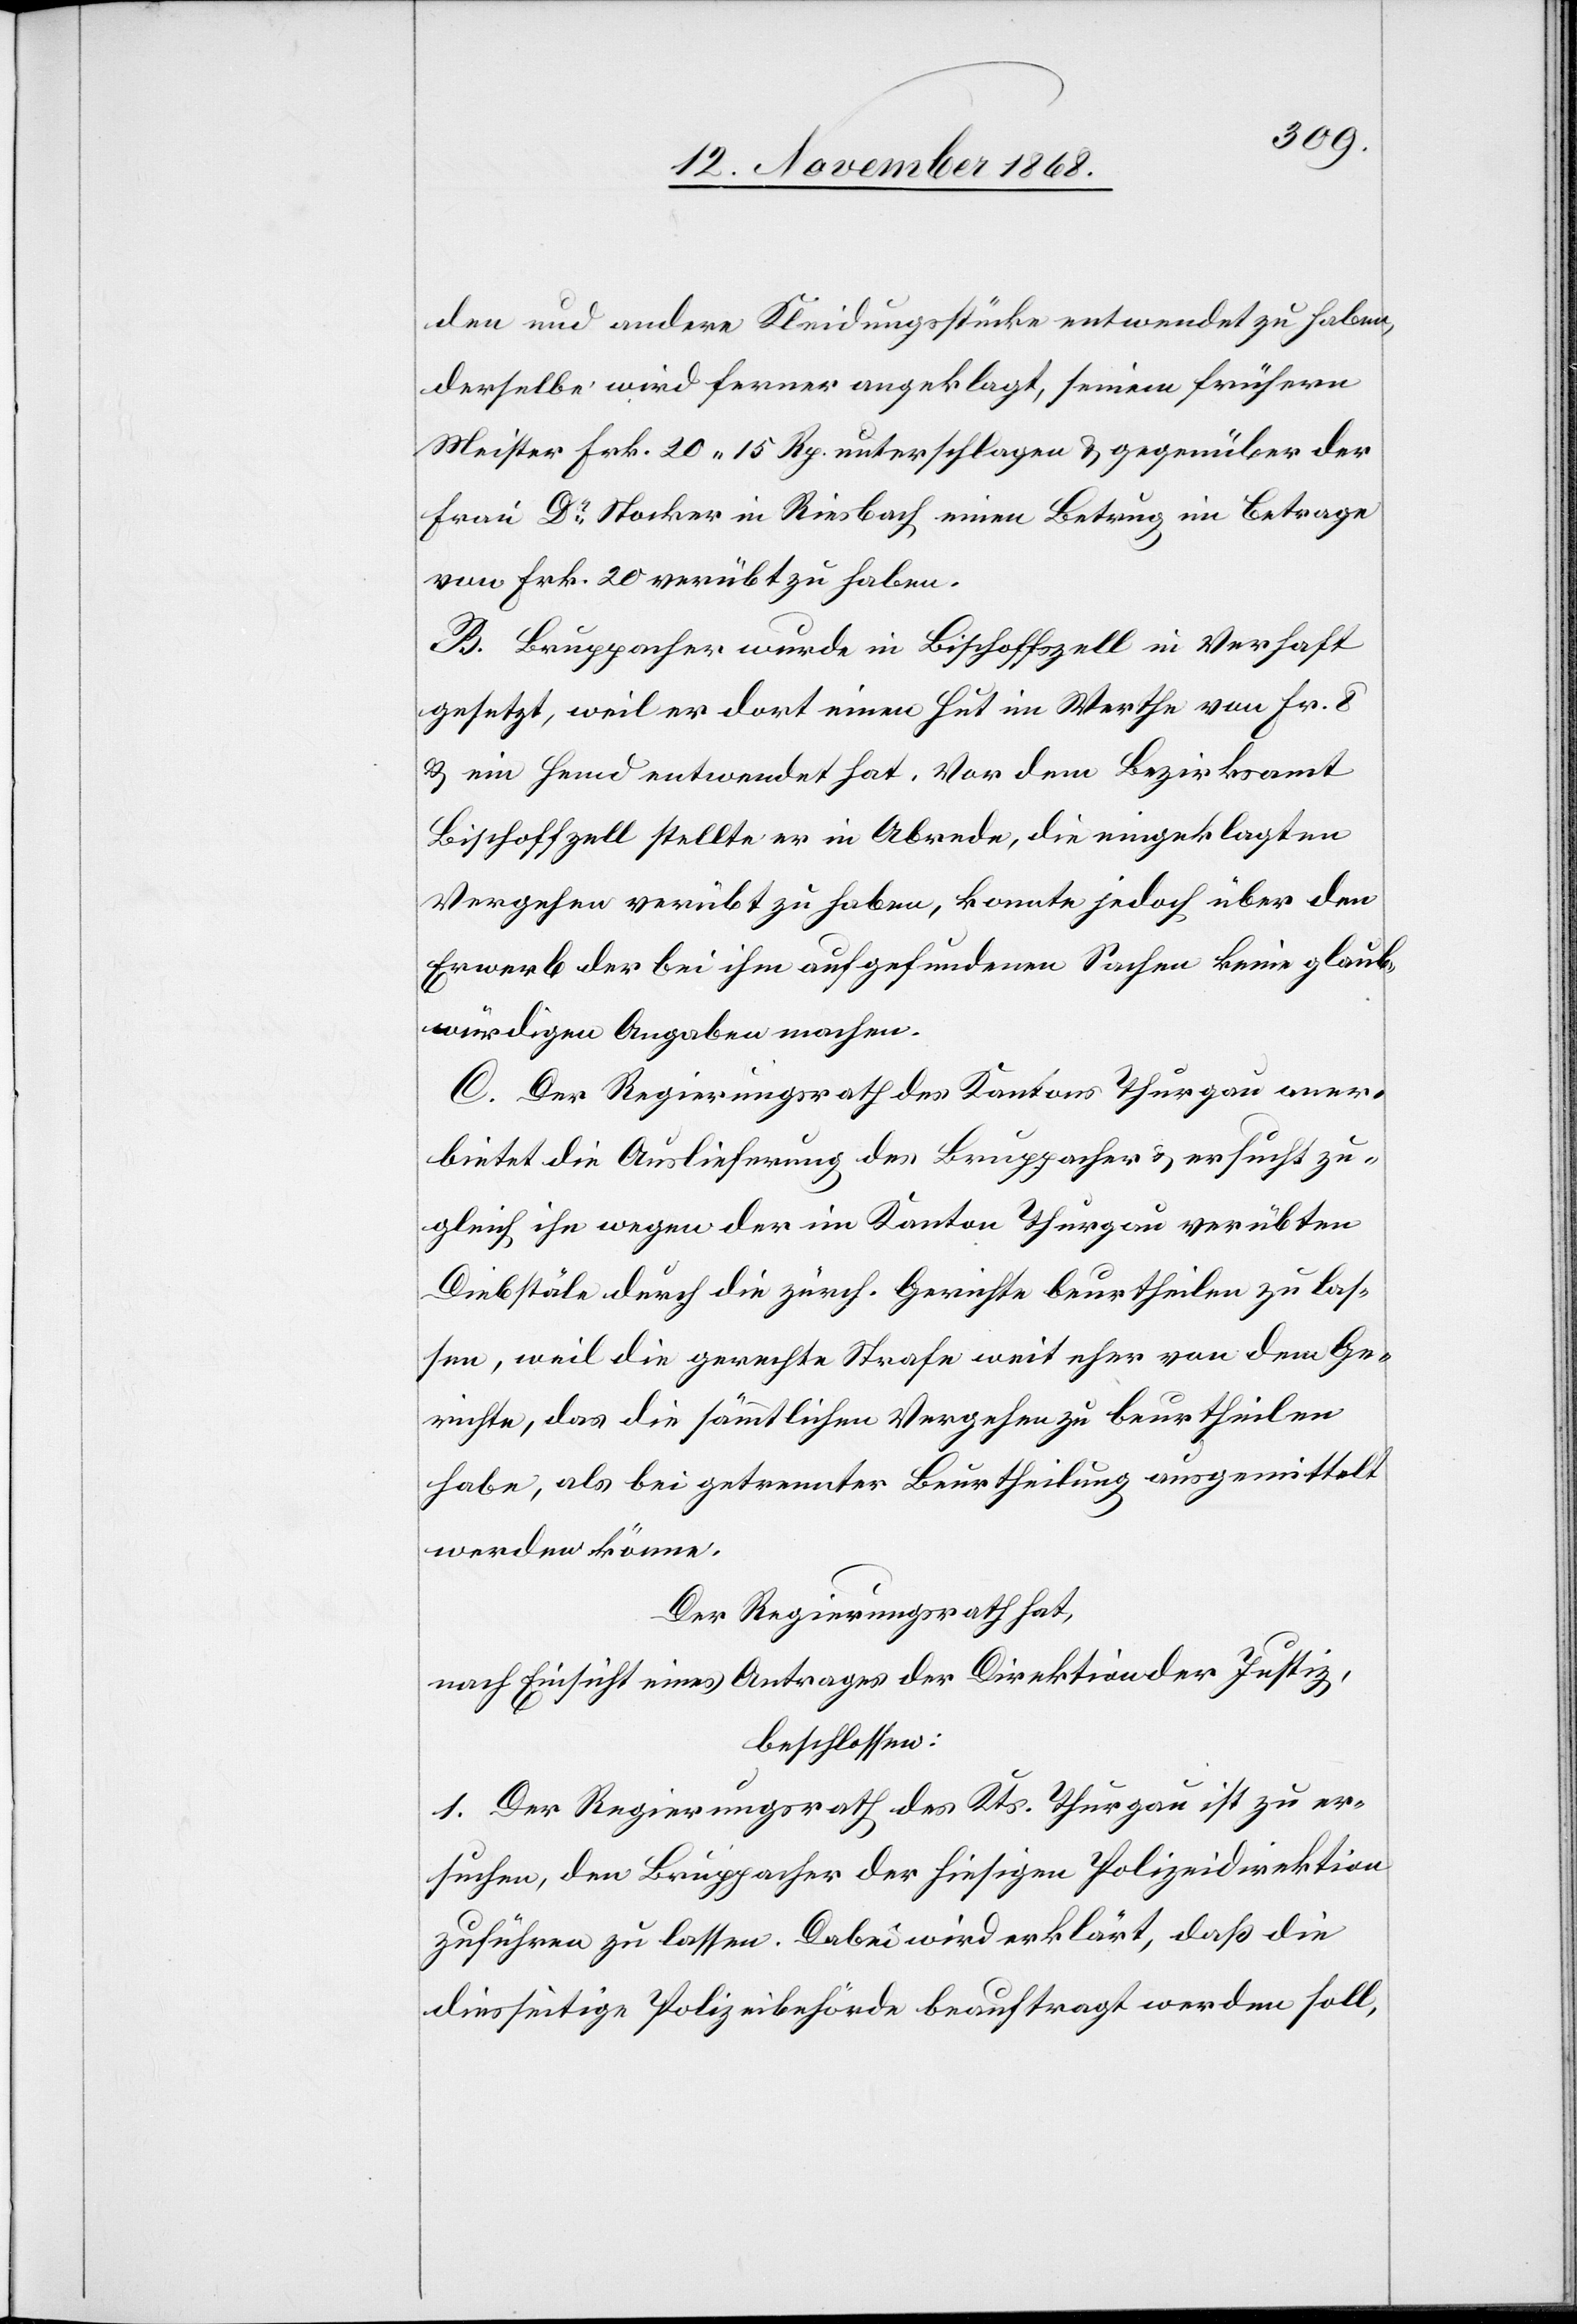
den und andere Kleidungsstücke entwendet zu haben,
derselbe wird ferner angeklagt, seinem frühern
Meister Frk. 20 15 Rp. unterschlagen & gegenüber der
Frau Dr Stocker in Riesbach einen Betrug im Betrage
von Frk. 20 verübt zu haben.
B. Bruppacher wurde in Bischoffszell in Verhaft
gesetzt, weil er dort einen Hut im Werthe von Fr. 8
& ein Hemd entwendet hat. Vor dem Bezirksamt
Bischoffzell stellte er in Abrede, die eingeklagten
Vergehen verübt zu haben, konnte jedoch über den
Erwerb der bei ihm aufgefundenen Sachen keine glaub¬
würdigen Angaben machen.
C. Der Regierungsrath des Kantons Thurgau aner¬
bietet die Auslieferung des Bruppacher & ersucht zu¬
gleich ihn wegen der im Kanton Thurgau verübten
Diebstäle durch die zürch. Gerichte beurtheilen zu las¬
sen, weil die gerechte Strafe weit eher von dem Ge¬
richte, das die sämmtlichen Vergehen zu beurtheilen
habe, als bei getrennter Beurtheilung ausgemittelt
werden könne.
Der Regierungsrath hat,
nach Einsicht eines Antrages der Direktion der Justiz,
beschlossen:
1. Der Regierungsrath des Kts. Thurgau ist zu er¬
suchen, den Bruppacher der hiesigen Polizeidirektion
zuführen zu lassen. Dabei wird erklärt, daß die
diesseitige Polizeibehörde beauftragt werden soll,